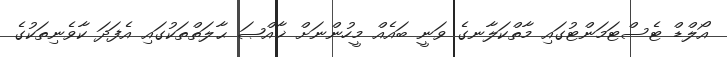
އޯލްޑް ޓެސްޓަމަންޓުގައި މާތްކަލާނގެ ވަނީ ބައެއް މީހުންނަށް ޚާއްޞަ ޙާލަތްތަކުގައި އެފަދަ ކާވެނިތަކުގެ